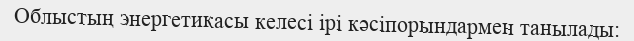
Облыстың энергетикасы келесі ірі кәсіпорындармен танылады: